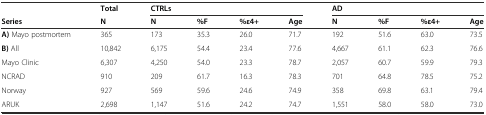
<table><thead><tr><td></td><td><b>Total</b></td><td colspan="4"><b>CTRLs</b></td><td colspan="4"><b>AD</b></td></tr><tr><td><b>Series</b></td><td><b>N</b></td><td><b>N</b></td><td><b>%F</b></td><td><b>%ε4+</b></td><td><b>Age</b></td><td><b>N</b></td><td><b>%F</b></td><td><b>%ε4+</b></td><td><b>Age</b></td></tr></thead><tbody><tr><td><b>A)</b> Mayo postmortem</td><td>365</td><td>173</td><td>35.3</td><td>26.0</td><td>71.7</td><td>192</td><td>51.6</td><td>63.0</td><td>73.5</td></tr><tr><td><b>B)</b> All</td><td>10,842</td><td>6,175</td><td>54.4</td><td>23.4</td><td>77.6</td><td>4,667</td><td>61.1</td><td>62.3</td><td>76.6</td></tr><tr><td>Mayo Clinic</td><td>6,307</td><td>4,250</td><td>54.0</td><td>23.3</td><td>78.7</td><td>2,057</td><td>60.7</td><td>59.9</td><td>79.3</td></tr><tr><td>NCRAD</td><td>910</td><td>209</td><td>61.7</td><td>16.3</td><td>78.3</td><td>701</td><td>64.8</td><td>78.5</td><td>75.2</td></tr><tr><td>Norway</td><td>927</td><td>569</td><td>59.6</td><td>24.6</td><td>74.9</td><td>358</td><td>69.8</td><td>63.1</td><td>79.4</td></tr><tr><td>ARUK</td><td>2,698</td><td>1,147</td><td>51.6</td><td>24.2</td><td>74.7</td><td>1,551</td><td>58.0</td><td>58.0</td><td>73.0</td></tr></tbody></table>